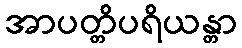
အာပတ္တိပရိယန္တာ